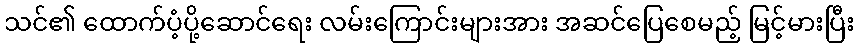
သင်၏ ထောက်ပံ့ပို့ဆောင်ရေး လမ်းကြောင်းများအား အဆင်ပြေစေမည့် မြင့်မားပြီး